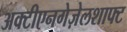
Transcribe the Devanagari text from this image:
अक्टीएनगेज़ेलशाफ्ट